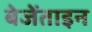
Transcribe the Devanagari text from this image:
बेजेंताइन